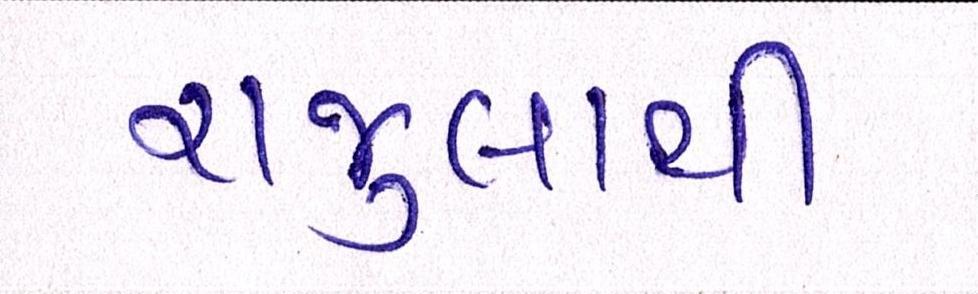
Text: રાજુલાથી